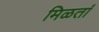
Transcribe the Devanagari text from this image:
मिळतां